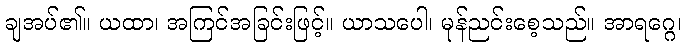
ချအပ်၏။ ယထာ၊ အကြင်အခြင်းဖြင့်။ ယာသပေါ၊ မုန်ညင်းစေ့သည်။ အာရဂ္ဂေ၊